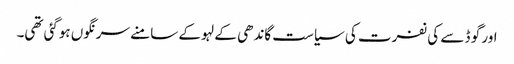
اور گو ڈ سے کی نفرت کی سیاست گاندھی کے لہو کے سامنے سرنگوں ہوگئی تھی۔